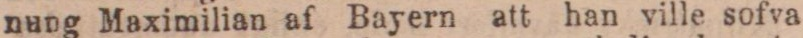
nung Maximilian af Bayern att han ville sofva